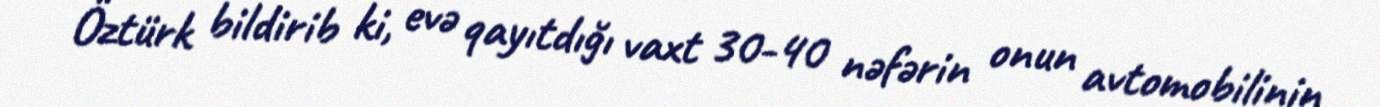
Öztürk bildirib ki, evə qayıtdığı vaxt 30-40 nəfərin onun avtomobilinin